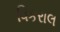
વિકરાલ